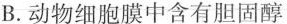
B.动物细胞膜中含有胆固醇